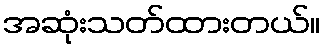
အဆုံးသတ်ထားတယ်။